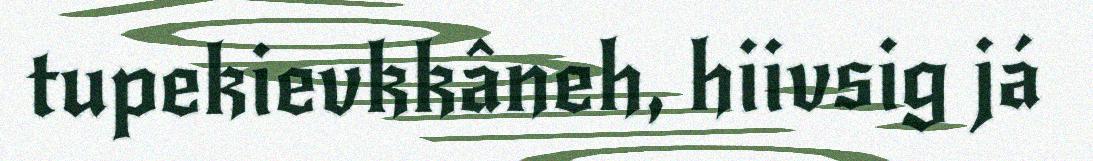
tupekievkkâneh, hiivsig já